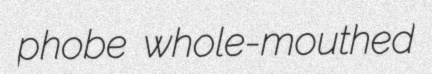
phobe whole-mouthed